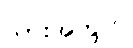
သားအတွက်